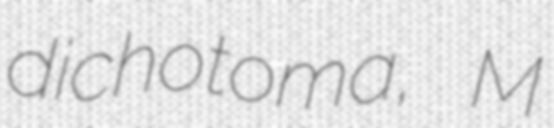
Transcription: dichotoma, M